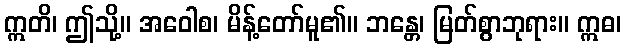
ဣတိ၊ ဤသို့။ အဝေါစ၊ မိန့်တော်မူ၏။ ဘန္တေ၊ မြတ်စွာဘုရား။ ဣဓ၊